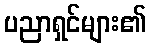
ပညာရှင်များ၏